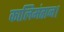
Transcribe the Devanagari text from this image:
कालिमंतान।